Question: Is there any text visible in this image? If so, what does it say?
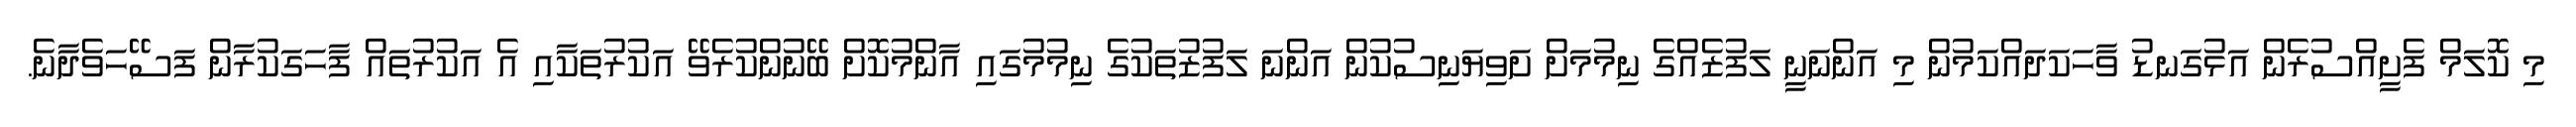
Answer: މި ކޮލަމް ފެށީއްސުރެން އަޅުގަނޑު ވާހަކަދައްކަމުން މި އަންނަނީ ލަފުޒެއްގެ ނިމުމަށް ށަވިޔަނިސުކުން އަންނަ ލަފުޒުތަކުގެ ނިމުމުގައި އާންމުކޮށް ބޭނުންކުރެވޭ އަކުރުތަކާއި އެ އަކުރުތައް ފާހަގަކުރާން ފަސޭހަވެދާނެ.